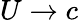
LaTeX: U\to c